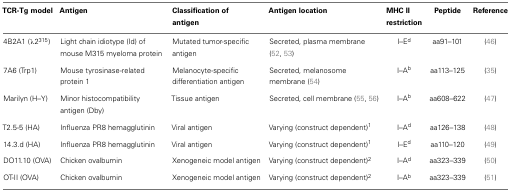
| TCR-Tg model | Antigen | Classification of antigen | Antigen location | MHC II restriction | Peptide | Reference |
 | --- | --- | --- | --- | --- | --- | --- |
 | 4B2A1 (λ2315) | Light chain idiotype (Id) of mouse M315 myeloma protein | Mutated tumor-specific antigen | Secreted, plasma membrane (52, 53) | I–Ed | aa91–101 | (46) |
 | 7A6 (Trp1) | Mouse tyrosinase-related protein 1 | Melanocyte-specific differentiation antigen | Secreted, melanosome membrane (54) | I–Ab | aa113–125 | (35) |
 | Marilyn (H–Y) | Minor histocompatibility antigen (Dby) | Tissue antigen | Secreted, cell membrane (55, 56) | I–Ab | aa608–622 | (47) |
 | T2.5-5 (HA) | Influenza PR8 hemagglutinin | Viral antigen | Varying (construct dependent)1 | I–Ad | aa126–138 | (48) |
 | 14.3.d (HA) | Influenza PR8 hemagglutinin | Viral antigen | Varying (construct dependent)1 | I–Ed | aa110–120 | (49) |
 | DO11.10 (OVA) | Chicken ovalbumin | Xenogeneic model antigen | Varying (construct dependent)2 | I–Ad | aa323–339 | (50) |
 | OT-II (OVA) | Chicken ovalbumin | Xenogeneic model antigen | Varying (construct dependent)2 | I–Ab | aa323–339 | (51) |